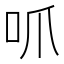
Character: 𫩜